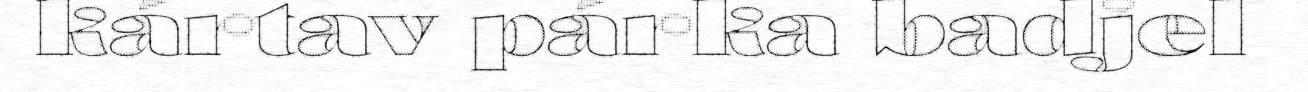
kártav párka badjel